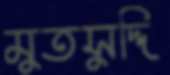
মুতসুদ্দি